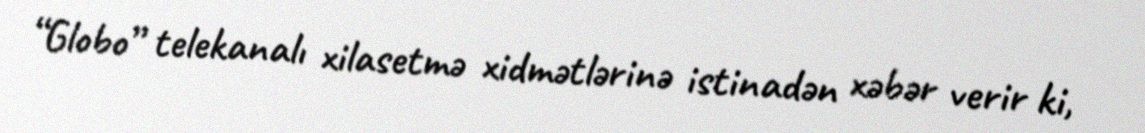
“Globo” telekanalı xilasetmə xidmətlərinə istinadən xəbər verir ki,